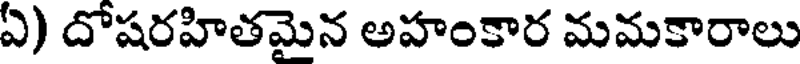
ఏ) దోషరహితమైన అహంకార మమకారాలు